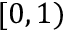
[ 0 , 1 )